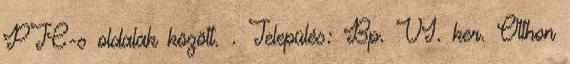
PTC-s oldalak között. . Település: Bp. VI. ker. Otthon